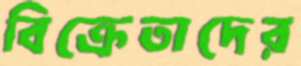
বিক্রেতাদের